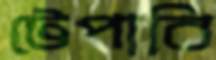
টেপাবি